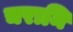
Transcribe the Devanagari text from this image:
चरामि